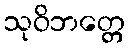
သုဝိဘတ္တေ